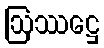
ဩဿဋ္ဌေ